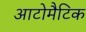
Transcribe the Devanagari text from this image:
आटोमैटिक